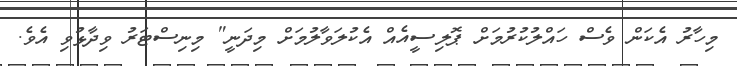
މިހާރު އެކަން ވެސް ހައްލުކުރުމަށް ޕޮލިސީއެއް އެކުލަވާލުމަށް މިދަނީ" މިނިސްޓަރު ވިދާޅުވި އެވެ.